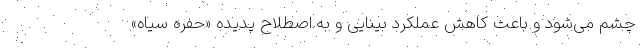
چشم می‌شود و باعث کاهش عملکرد بینایی و به اصطلاح پدیده «حفره سیاه»